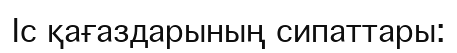
Іс қағаздарының сипаттары: